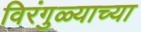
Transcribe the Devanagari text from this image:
विरंगुळ्याच्या